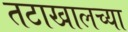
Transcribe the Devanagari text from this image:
तटाखालच्या